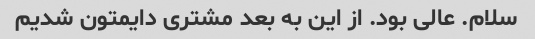
سلام. عالی بود. از این به بعد مشتری دایمتون شدیم